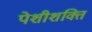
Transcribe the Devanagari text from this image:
पेशीशक्ति